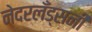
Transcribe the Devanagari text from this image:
नेदरलँड्सनी